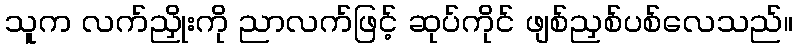
သူက လက်ညှိုးကို ညာလက်ဖြင့် ဆုပ်ကိုင် ဖျစ်ညှစ်ပစ်လေသည်။